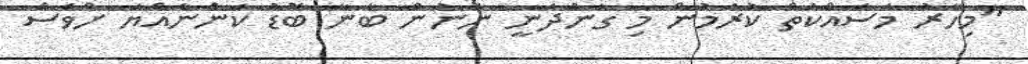
"މިހާރު މަސައްކަތް ކުރަމުން މި ގެންދަނީ ނަނުން ބާނާ ބޮޑު ކަންނެއްޔަ ށްވެސް